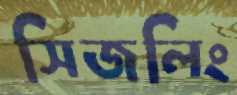
সিজলিং